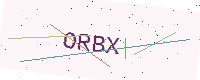
Text: ORBX